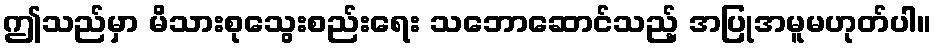
ဤသည်မှာ မိသားစုသွေးစည်းရေး သဘောဆောင်သည့် အပြုအမူမဟုတ်ပါ။